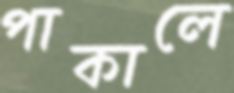
পাকালে